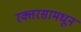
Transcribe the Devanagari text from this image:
रक्तरसामधून